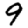
Digit: 9